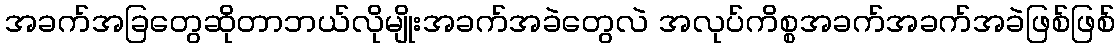
အခက်အခြတွေဆိုတာဘယ်လိုမျိုးအခက်အခဲတွေလဲ အလုပ်ကိစ္စအခက်အခက်အခဲဖြစ်ဖြစ်